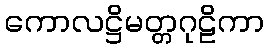
ကောလဋ္ဌိမတ္တဂုဠိကာ